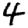
Digit: 4